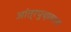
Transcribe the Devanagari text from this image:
आंत्रपुच्छाला